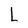
Character: L